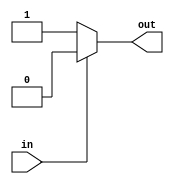
module cmos_not_gate (
    input wire in,
    output reg out
);

always @(*) begin
    if (in == 1'b0) begin
        out = 1'b1;
    end else begin
        out = 1'b0;
    end
end

endmodule